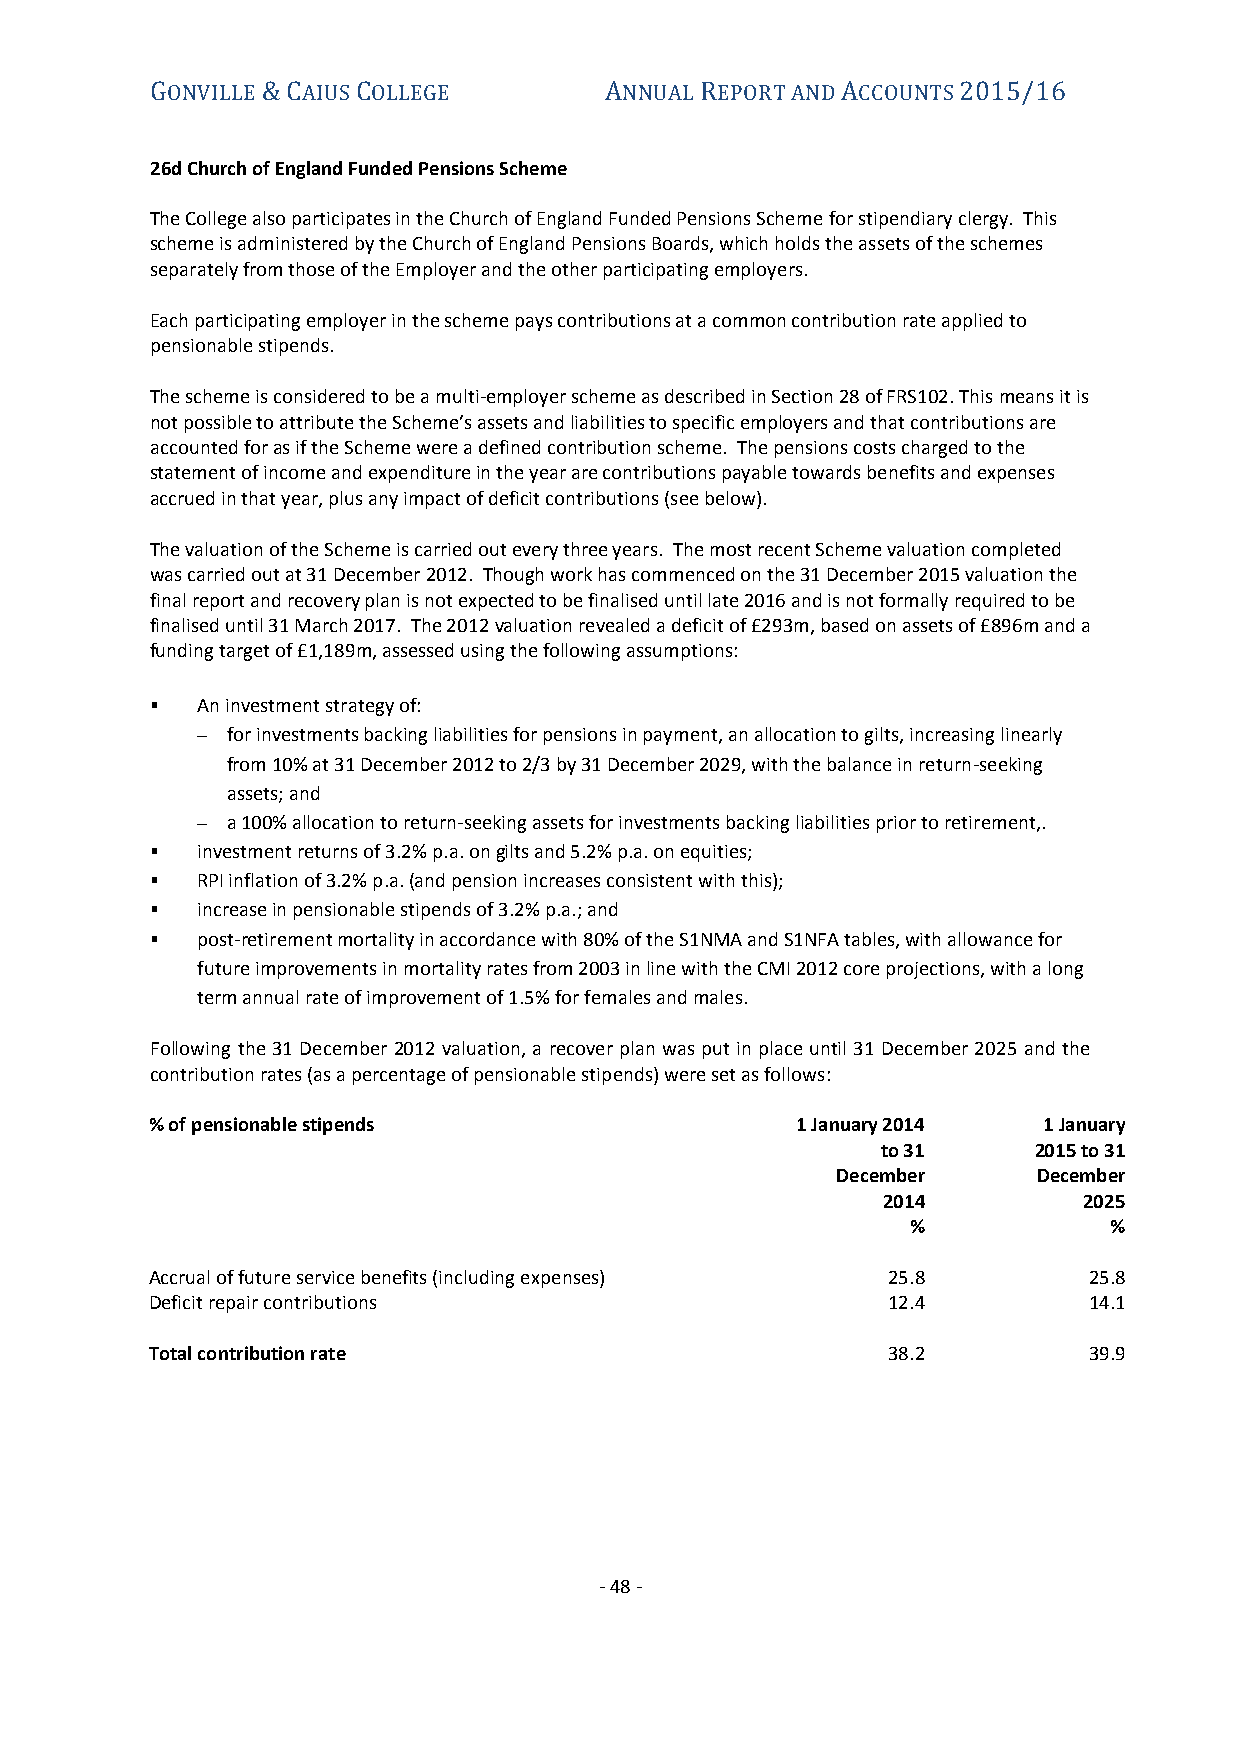
GONVILLE & CAIUS COLLEGE      ANNUAL REPORT AND ACCOUNTS 2015/16
 26d Church of England Funded Pensions Scheme
 The College also participates in the Church of England Funded Pensions Scheme for stipendiary clergy. This
 scheme is administered by the Church of England Pensions Boards, which holds the assets of the schemes
 separately from those of the Employer and the other participating employers.
 Each participating employer in the scheme pays contributions at a common contribution rate applied to
 pensionable stipends.
 The scheme is considered to be a multi-employer scheme as described in Section 28 of FRS102. This means it is
 not possible to attribute the Scheme’s assets and liabilities to specific employers and that contributions are
 accounted for as if the Scheme were a defined contribution scheme. The pensions costs charged to the
 statement of income and expenditure in the year are contributions payable towards benefits and expenses
 accrued in that year, plus any impact of deficit contributions (see below).
 The valuation of the Scheme is carried out every three years. The most recent Scheme valuation completed
 was carried out at 31 December 2012. Though work has commenced on the 31 December 2015 valuation the
 final report and recovery plan is not expected to be finalised until late 2016 and is not formally required to be
 finalised until 31 March 2017. The 2012 valuation revealed a deficit of £293m, based on assets of £896m and a
 funding target of £1,189m, assessed using the following assumptions:
   An investment strategy of:
  for investments backing liabilities for pensions in payment, an allocation to gilts, increasing linearly
 from 10% at 31 December 2012 to 2/3 by 31 December 2029, with the balance in return-seeking
 assets; and
  a 100% allocation to return-seeking assets for investments backing liabilities prior to retirement,.
   investment returns of 3.2% p.a. on gilts and 5.2% p.a. on equities;
   RPI inflation of 3.2% p.a. (and pension increases consistent with this);
   increase in pensionable stipends of 3.2% p.a.; and
   post-retirement mortality in accordance with 80% of the S1NMA and S1NFA tables, with allowance for
 future improvements in mortality rates from 2003 in line with the CMI 2012 core projections, with a long
 term annual rate of improvement of 1.5% for females and males.
 Following the 31 December 2012 valuation, a recover plan was put in place until 31 December 2025 and the
 contribution rates (as a percentage of pensionable stipends) were set as follows:
 % of pensionable stipends                  1 January 2014  1 January
 to 31     2015 to 31
 December      December
 2014          2025
 %            %
 Accrual of future service benefits (including expenses) 25.8  25.8
 Deficit repair contributions                     12.4         14.1
 Total contribution rate                          38.2         39.9
 - 48 -